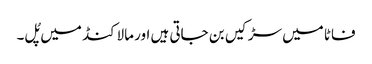
فاٹا میں سڑکیں بن جاتی ہیں اور مالاکنڈ میں پُل۔